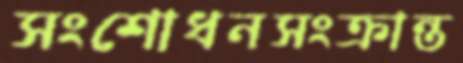
সংশোধনসংক্রান্ত